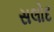
સલોદ